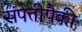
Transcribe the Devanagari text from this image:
संपत्तीपैकी